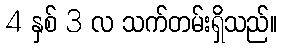
4 နှစ် 3 လ သက်တမ်းရှိသည်။